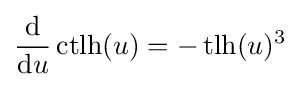
{\frac {\mathrm {d} }{\mathrm {d} u}}\operatorname {ctlh} (u)=-\operatorname {tlh} (u)^{3}